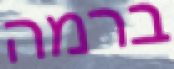
ברמה